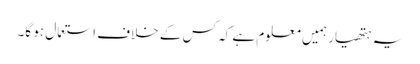
یہ ہتھیار ہمیں معلوم ہے کہ کس کے خلاف استعمال ہو گا۔